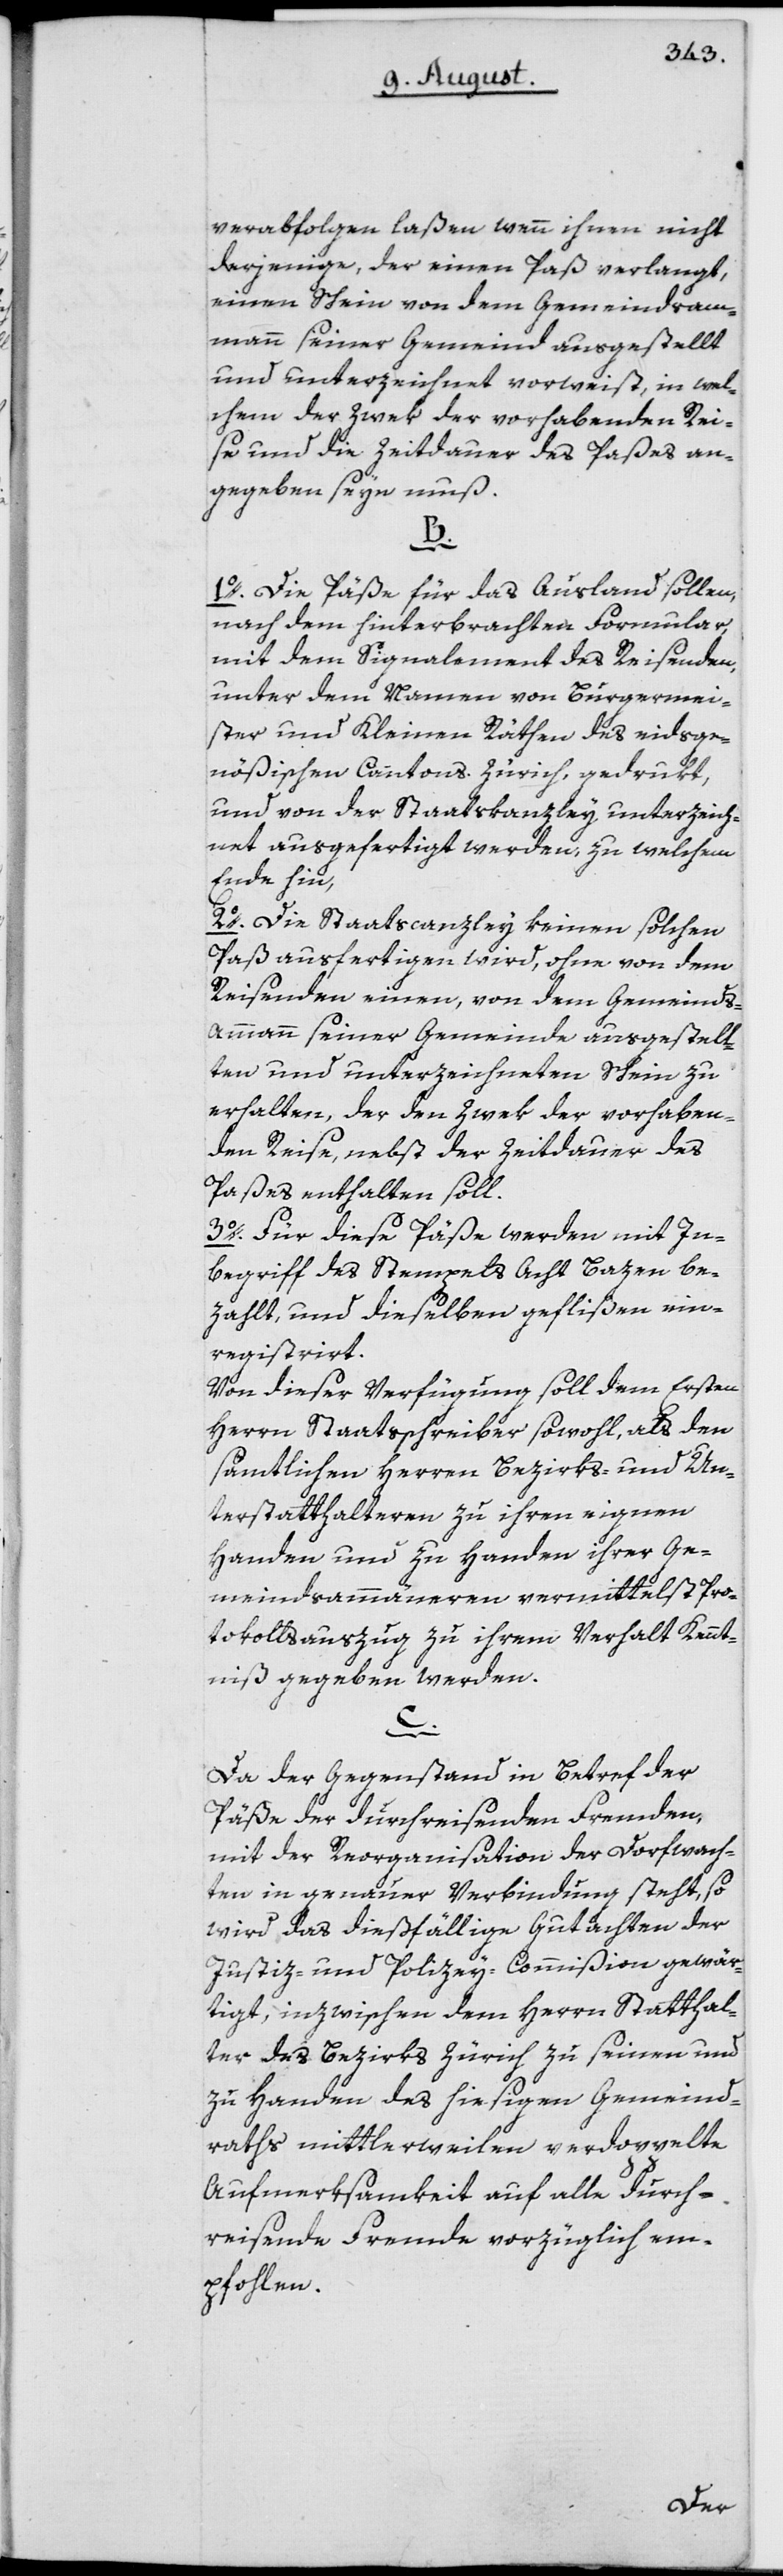
verabfolgen laßen wenn ihnen nicht
derjenige, der einen Paß verlangt,
einen Schein von dem Gemeindsam¬
mann seiner Gemeind ausgestellt
und unterzeichnet vorweist, in wel¬
chem der Zwek der vorhabenden Rei¬
se und die Zeitdauer des Paßes an¬
gegeben seyn muß.
B.
1o. Die Päße für das Ausland sollen,
nach dem hinterbrachten Formular,
mit dem Signalement des Reisenden,
unter dem Namen von Burgermei¬
ster und Kleinen Räthen des eidsge¬
nößischen Cantons Zürich, gedrukt,
und von der Staatskanzley unterzeich¬
net ausgefertigt werden, zu welchem
Ende hin
2o. Die Staatscanzley keinen solchen
Paß ausfertigen wird, ohne von dem
Reisenden einen, von dem Gemeinds¬
ammann seiner Gemeinde ausgestell¬
ten und unterzeichneten Schein zu
erhalten, der den Zwek der vorhaben¬
den Reise, nebst der Zeitdauer des
Paßes enthalten soll.
3o. Für diese Päße werden mit In¬
begriff des Stempels Acht Bazen be¬
zahlt, und dieselben geflißen ein¬
registrirt.
Von dieser Verfügung soll dem Ersten
Herrn Staatsschreiber sowohl, als den
sämtlichen Herren Bezirks- und Un¬
terstatthalteren zu ihren eignen
Handen und zu Handen ihrer Ge¬
meindsammäneren vermittelst Pro¬
tokollsauszug zu ihrem Verhalt Kennt¬
niß gegeben werden.
C.
Da der Gegenstand in Betref der
Päße der durchreisenden Fremden,
mit der Reorganisation der Dorfwach¬
ten in genauer Verbindung steht, so
wird das dießfällige Gutachten der
Justiz- und Polizey-Commißion gewär¬
tigt, inzwischen dem Herrn Statthal¬
ter des Bezirks Zürich zu seinen und
zu Handen des hiesigen Gemeind¬
raths mittlerweilen verdoppelte
Aufmerksamkeit auf alle durch¬
reisende Fremde vorzüglich em¬
pfohlen.